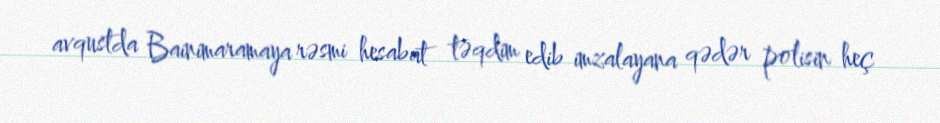
avqustda Bainimaramaya rəsmi hesabat təqdim edib imzalayana qədər polisin heç